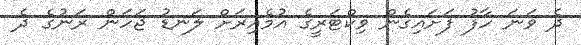
ދެ ވަނަ ހާފު ފަށައިގެން ވިކްޓަރީގެ އުމެއިރަށް ލަނޑު ޖަހަން ރަނުގެ ދެ